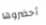
أحضروها